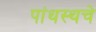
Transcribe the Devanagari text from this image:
पांथस्थचे